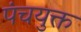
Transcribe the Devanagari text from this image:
पंचयुक्त